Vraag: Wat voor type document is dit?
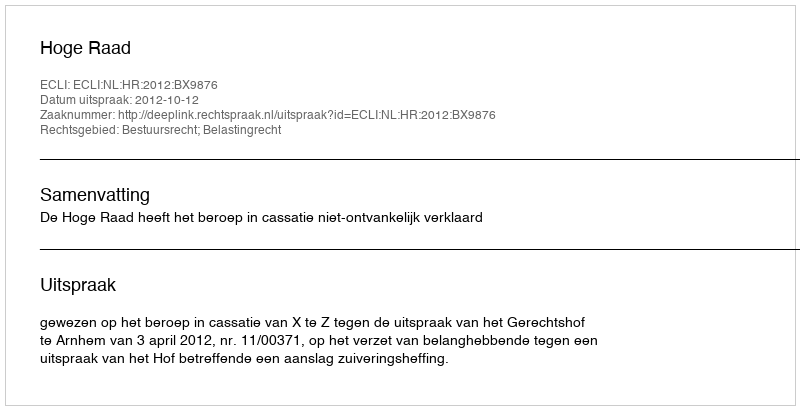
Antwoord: Uitspraak